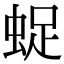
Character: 𧋥